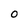
Character: O